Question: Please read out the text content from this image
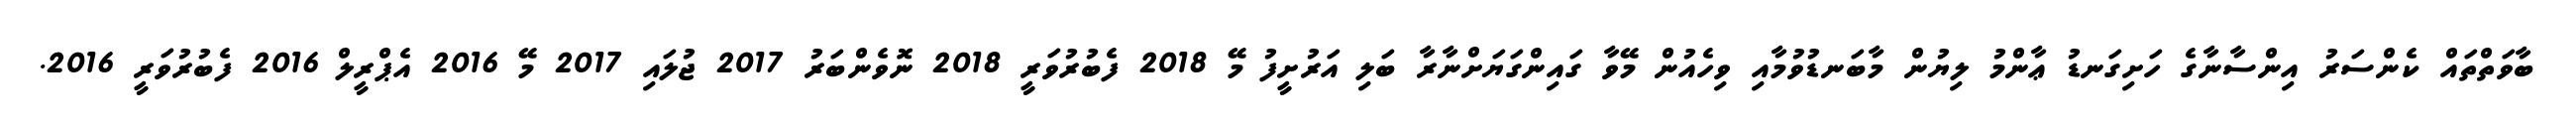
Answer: ބާވަތްތައް ކެންސަރު އިންސާނާގެ ހަށިގަނޑު ޢާންމު ލިޔުން މާބަނޑުވުމާއި ވިހެއުން މޭވާ ގައިންގަޔަށްނާރާ ބަލި އަރުށީފު މޭ 2018 ފެބުރުވަރީ 2018 ނޮވެންބަރު 2017 ޖުލައި 2017 މޭ 2016 އެޕްރީލް 2016 ފެބުރުވަރީ 2016.